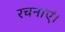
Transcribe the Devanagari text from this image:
रचनाएं।